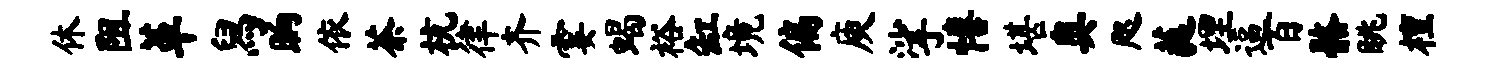
休阻革舄晌依茶杭律齐霎蝎裕缸境偏庾挲僖堪奥咫蕤埋逼百髂眺檀